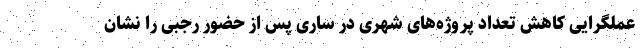
عملگرایی کاهش تعداد پروژه‌های شهری در ساری پس از حضور رجبی را نشان